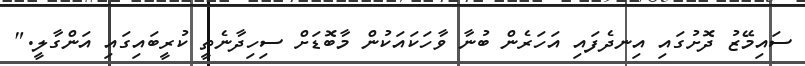
ސައިމޭޒު ދޮށުގައި އިނދެފައި އަހަރެން ބުނާ ވާހަކައަކުން މާބޮޑަށް ސިހިދާނެތީ ކުރީބައިގައި އަންގާލީ."